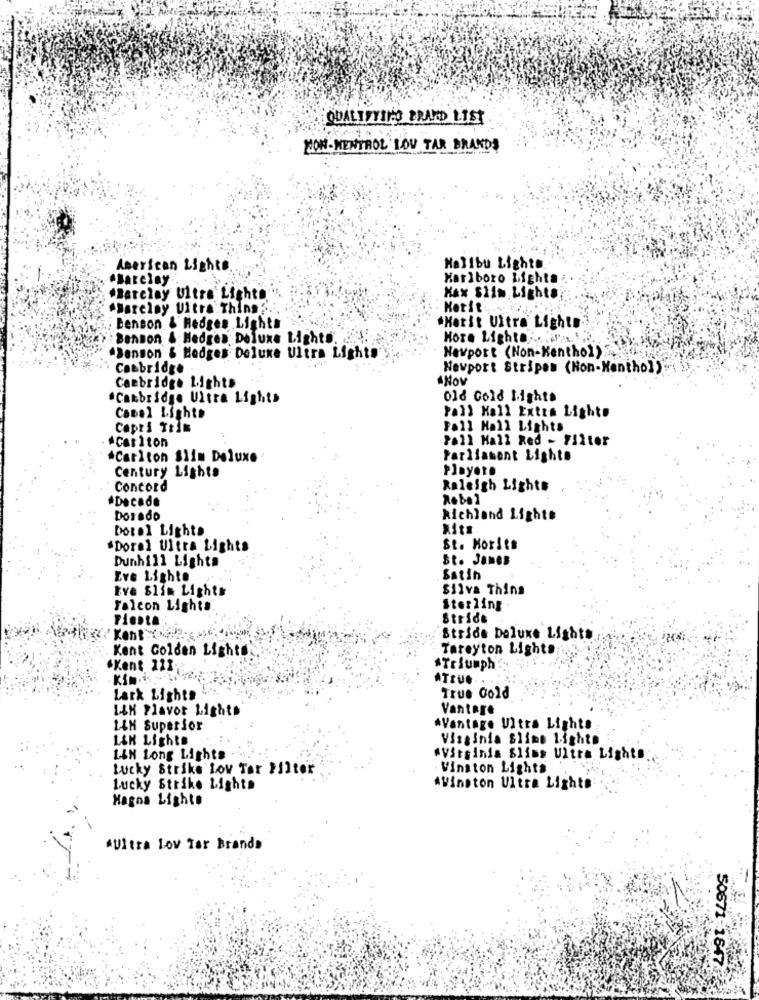
QUALIFYING BRAND LIST
YOH. MENTROL LOV TAR BRANDS
American Lights.
Malibu Lighto.
.Barclay ..
Marlboro Lighta
Max Siim Lighto
"Barclay Ultra Lighto
"Barclay Uitra Things.
Hetit ... ....
Benson & Hedges Lights
*Hotit Ultra' Lights
Benson & Hedges Deluxe Lights
Hore LightO. n. L .,
Newport (Non-Kenthol)S
Benson & Hedges Deluxe Ultra Light
Cambridge
Newport Stripes (Non-Menthol).
Hoy
Cambridge Lights
.Cambridge Ultra Lights
old Gold Lights
Pall Mall Exten Lights
Conel Lights
Capri Trim
Foll Hall Lights
*Carlton
Pall Mall Red - 711ter
*Carlton Slim Deluxe
Parliament Lights
Players
Century Lights
Concord
Raleigh Lights
ADecade
Robel
Dorado
kichland Lights
Dorel Lights
.Dorel Ultra Lights
St. Morits
Dunhill Lights
St. James
Eve Lighte
Satin
Eve Slim Lights
Silva Thins
Falcon Lights.
Sterling
Fiesta
Strids
Stride Deluxe Lights
Kent Golden Light
Tareyton Lights
"Kent 221;
ATriumph
ATIU ..
Lark Lights
True Gold
LEK Flavor Lights
Vantage
LAH Superior
AVantage Ultra Lights
LAK Lights
Visginia Slime Lights
LIN Long Lights .
#Virginia Slims Ultra Lights
Lucky Strike Low Tar Filter
Vinston Lights
Lucky Strike Lights
Winston Ultra Lights
Hagos Lights
Ultra Lov Tar Brands
50671-1647